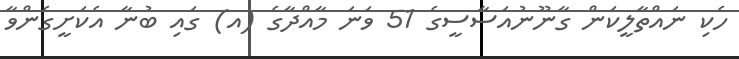
ހެކި ނައްތާލީކަން ގާނޫނުއަސާސީގެ 51 ވަނަ މާއްދާގެ (އ) ގައި ބުނާ އެކަށީގެންވާ